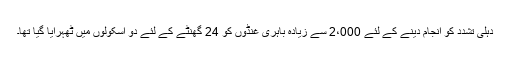
دہلی تشدد کو انجام دینے کے لئے 2،000 سے زیادہ باہری غنڈوں کو 24 گھنٹے کے لئے دو اسکولوں میں ٹھہرایا گیا تھا۔